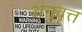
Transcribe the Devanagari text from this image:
अनुवृत्त